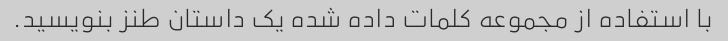
با استفاده از مجموعه کلمات داده شده یک داستان طنز بنویسید.